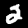
Label: 2